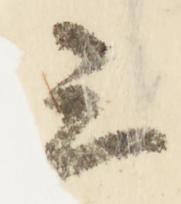
三